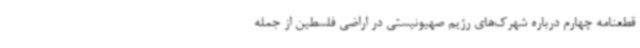
قطعنامه چهارم درباره شهرک‌های رژیم صهیونیستی در اراضی فلسطین از جمله